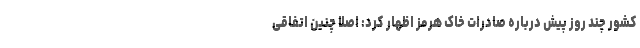
کشور چند روز پیش درباره صادرات خاک هرمز اظهار کرد: اصلا چنین اتفاقی